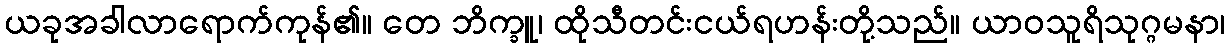
ယခုအခါလာရောက်ကုန်၏။ တေ ဘိက္ခူ၊ ထိုသီတင်းငယ်ရဟန်းတို့သည်။ ယာဝသူရိသုဂ္ဂမနာ၊